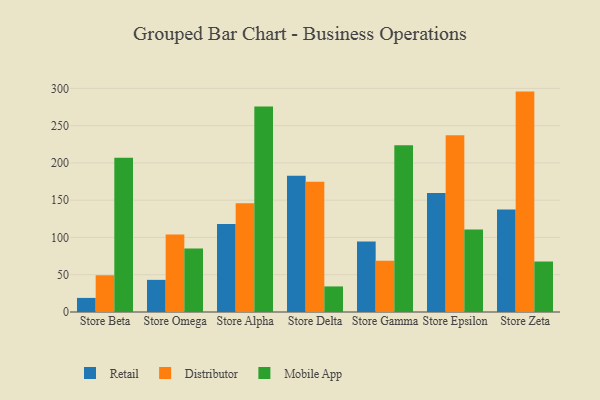
{"axis": {"x": "Store", "y": "Budget (USD K)"}, "legend": ["Distributor", "Mobile App", "Retail"], "data": [{"x": "Store Beta", "y": 18.9, "type": "Retail"}, {"x": "Store Beta", "y": 49.3, "type": "Distributor"}, {"x": "Store Beta", "y": 206.9, "type": "Mobile App"}, {"x": "Store Omega", "y": 43.1, "type": "Retail"}, {"x": "Store Omega", "y": 104.0, "type": "Distributor"}, {"x": "Store Omega", "y": 85.0, "type": "Mobile App"}, {"x": "Store Alpha", "y": 118.1, "type": "Retail"}, {"x": "Store Alpha", "y": 145.9, "type": "Distributor"}, {"x": "Store Alpha", "y": 275.6, "type": "Mobile App"}, {"x": "Store Delta", "y": 182.8, "type": "Retail"}, {"x": "Store Delta", "y": 174.7, "type": "Distributor"}, {"x": "Store Delta", "y": 34.3, "type": "Mobile App"}, {"x": "Store Gamma", "y": 94.7, "type": "Retail"}, {"x": "Store Gamma", "y": 68.8, "type": "Distributor"}, {"x": "Store Gamma", "y": 223.6, "type": "Mobile App"}, {"x": "Store Epsilon", "y": 159.5, "type": "Retail"}, {"x": "Store Epsilon", "y": 236.9, "type": "Distributor"}, {"x": "Store Epsilon", "y": 110.6, "type": "Mobile App"}, {"x": "Store Zeta", "y": 137.6, "type": "Retail"}, {"x": "Store Zeta", "y": 295.6, "type": "Distributor"}, {"x": "Store Zeta", "y": 67.7, "type": "Mobile App"}]}